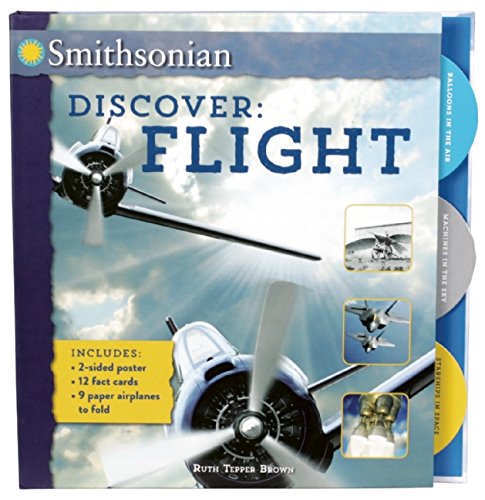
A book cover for Smithsonian Discover: Flight; Ruth Tepper Brown; Travel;